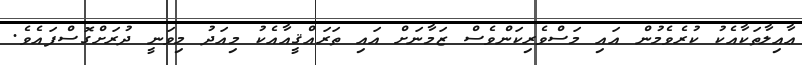
ޢާއިލާތަކާއެކު ކުރެވެމުން އައި މަސްވެރިކަންވެސް ޒަމާނަށް އައި ތަރައްޤީއާއެކު މިއަދު މިވަނީ ދުރަށްގޮސްފައެވެ.